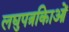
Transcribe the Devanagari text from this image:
लघुपत्रकिाओं